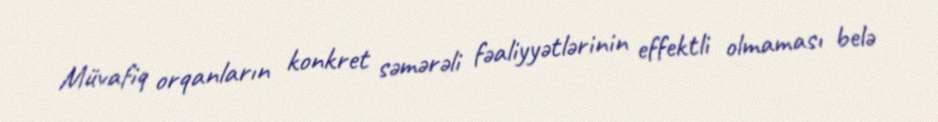
Müvafiq orqanların konkret səmərəli fəaliyyətlərinin effektli olmaması belə